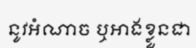
នូវអំណាច ឬអាងខ្លួនជា